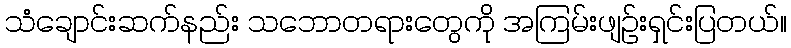
သံချောင်းဆက်နည်း သဘောတရားတွေကို အကြမ်းဖျဉ်းရှင်းပြတယ်။